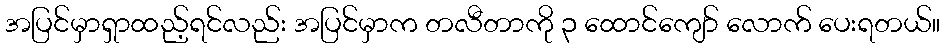
အပြင်မှာရှာထည့်ရင်လည်း အပြင်မှာက တလီတာကို ၃ ထောင်ကျော် လောက် ပေးရတယ်။